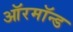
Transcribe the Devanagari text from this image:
ऑरमॉन्ड